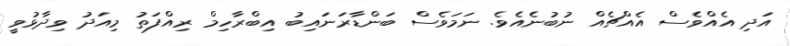
އަދި އެއްވެސް އެއްޗެއް ނުބުނެއެވެ. ނަމަވެސް ބަންޑާރަނައިބު އިބްރާހިމް ރިއްފަތު މިއަދު ވިދާޅުވީ